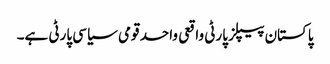
پاکستان پیپلز پارٹی واقعی واحد قومی سیاسی پارٹی ہے۔